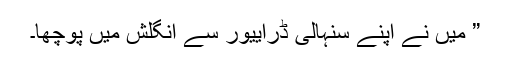
” میں نے اپنے سنہالی ڈراییور سے انگلش میں پوچھا۔